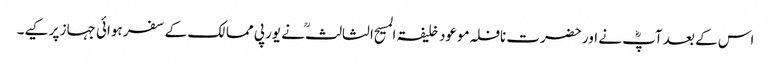
اس کے بعد آپؓ نے اور حضرت نافلہ موعود خلیفۃ المسیح الثالثؒ نے یورپی ممالک کے سفر ہوائی جہاز پر کیے۔